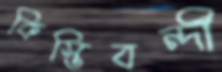
কিস্তিবন্দী